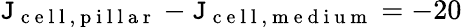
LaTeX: \mathtt{J}_{\mathrm{{~c~e~l~l~,~p~i~l~l~a~r~}}}-\mathtt{J}_{\mathrm{{~c~e~l~l~,~m~e~d~i~u~m~}}}=-20